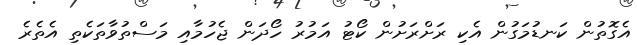
އެގޮތުން ކަނޑުމަގުން އެކި ރަށްރަށުން ކޯޓު އަމުރު ހޯދަން ޖެހުމާއި މަސްތުވާތަކެތި އެތެރެ